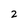
Character: 2